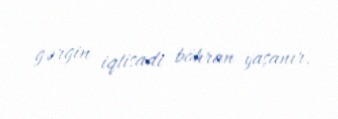
gərgin iqtisadi böhran yaşanır.